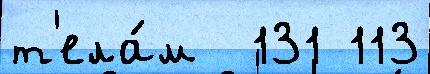
т'ела́м  131 113